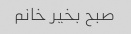
صبح بخیر خانم